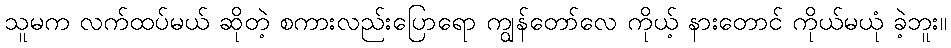
သူမက လက်ထပ်မယ် ဆိုတဲ့ စကားလည်းပြောရော ကျွန်တော်လေ ကိုယ့် နားတောင် ကိုယ်မယုံ ခဲ့ဘူး။